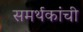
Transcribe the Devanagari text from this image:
समर्थकांची